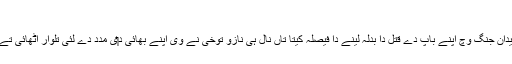
والد دا قتل[لکھو]
جب آپ دے والد سرپہاڑ نامی میدان جنگ وچ قتل کیتا گیا تاں آپ دے بھائی نے میدان جنگ وچ اپنے باپ دے قتل دا بدلہ لینے دا فیصلہ کیتا تاں نال ہی نازو توخی نے وی اپنے بھائی د‏‏ی مدد دے لئی تلوار اٹھائی تے میدان جنگ وچ اپنے بھائی دے شانہ بشانہ دشمن دے خلاف اپنے بھائی دا نال دتا۔